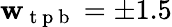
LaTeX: \mathbf{w}_{\mathrm{{~t~p~b~}}}=\pm1.5